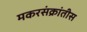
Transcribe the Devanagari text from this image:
मकरसंक्रांतीस